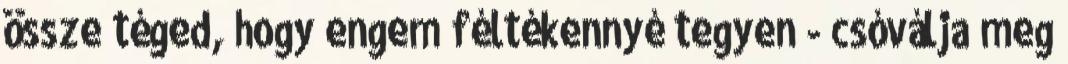
össze téged, hogy engem féltékennyé tegyen - csóválja meg